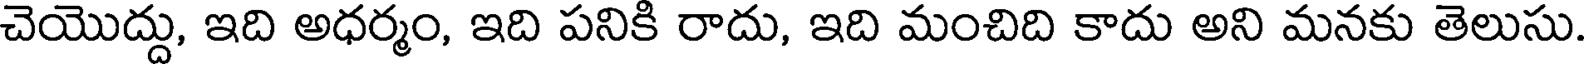
చెయొద్దు, ఇది అధర్మం, ఇది పనికి రాదు, ఇది మంచిది కాదు అని మనకు తెలుసు